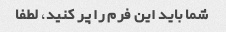
شما باید این فرم را پر کنید، لطفا